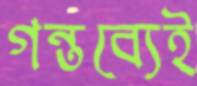
গন্তব্যেই